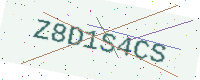
Text: Z8D1S4CS